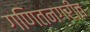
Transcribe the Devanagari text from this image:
गणितनगरीत